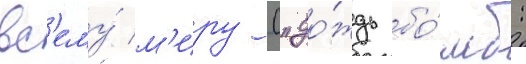
вс'ему́ м'иру ("до́ждь бо́мб: